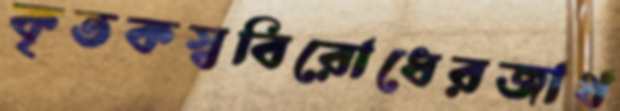
কৃতকস্ববিরোধেরজাথ